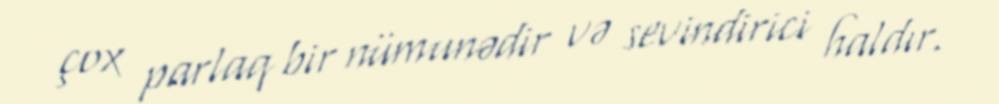
çox parlaq bir nümunədir və sevindirici haldır.